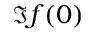
\Im f ( 0 )